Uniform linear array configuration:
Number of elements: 4
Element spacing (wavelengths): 0.5
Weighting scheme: blackman
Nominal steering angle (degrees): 15
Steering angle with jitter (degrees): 15.784
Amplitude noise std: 0.05
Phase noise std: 0.05

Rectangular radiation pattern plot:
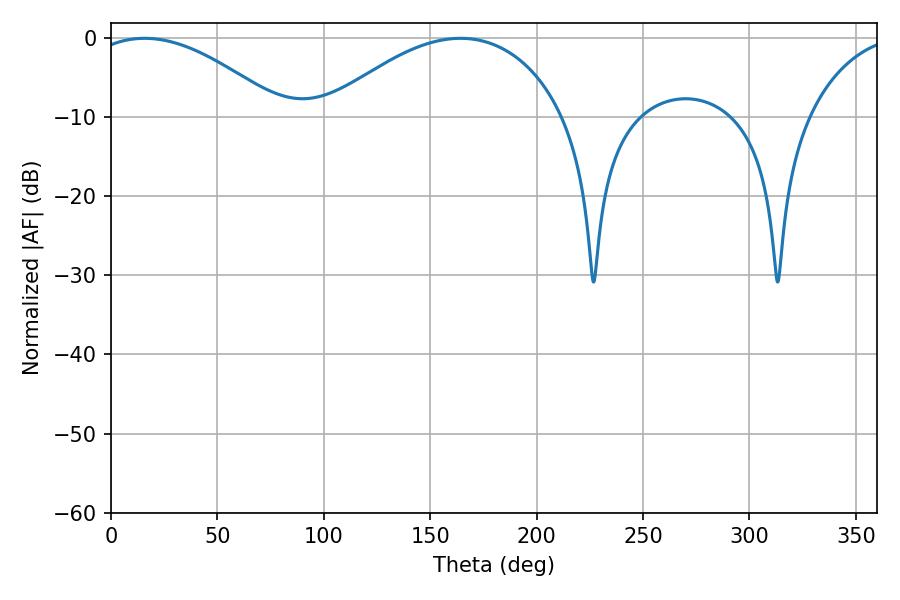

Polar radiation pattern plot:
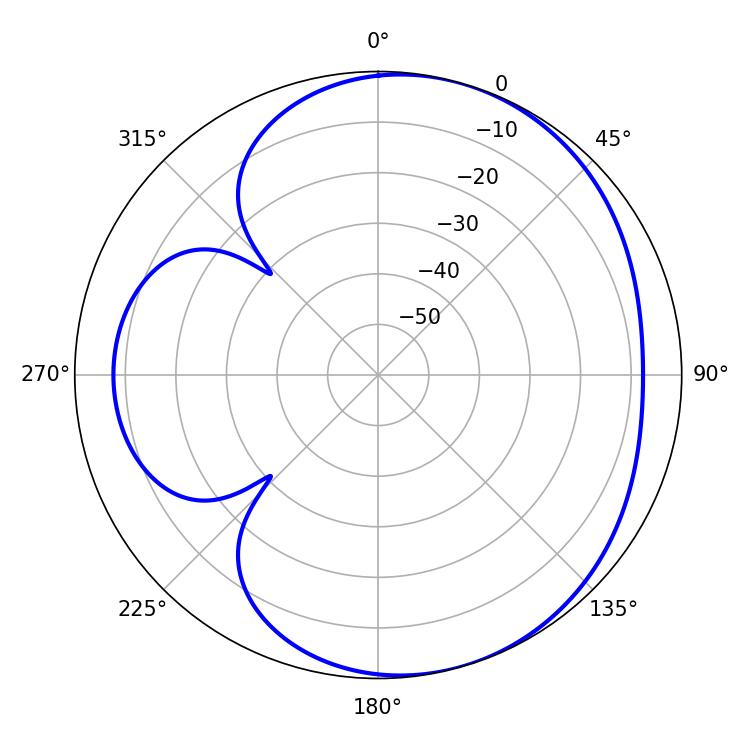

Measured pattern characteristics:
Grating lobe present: FALSE
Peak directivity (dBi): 4.728
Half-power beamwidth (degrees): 50.4
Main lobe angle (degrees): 15.84